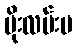
ပိုးလမ်းမ